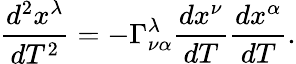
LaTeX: {\frac{d^{2}x^{\lambda}}{dT^{2}}}=-\Gamma_{\nu\alpha}^{\lambda}{\frac{dx^{\nu}}{dT}}{\frac{dx^{\alpha}}{dT}}.